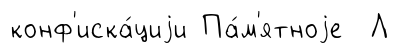
конф'иска́циjи Па́м'ятноjе Л